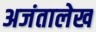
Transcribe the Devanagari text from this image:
अजंतालेख